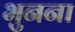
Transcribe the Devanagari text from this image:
भुनना